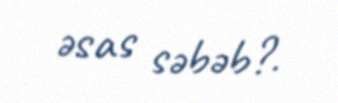
əsas səbəb?.